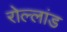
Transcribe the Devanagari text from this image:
रोल्लांड